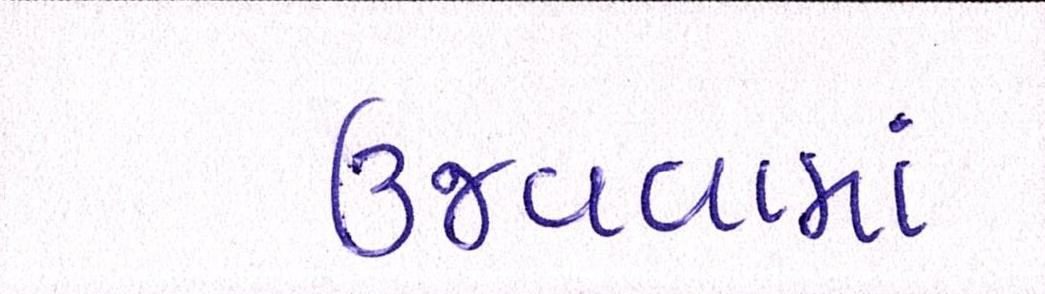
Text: ઉજવવામાં